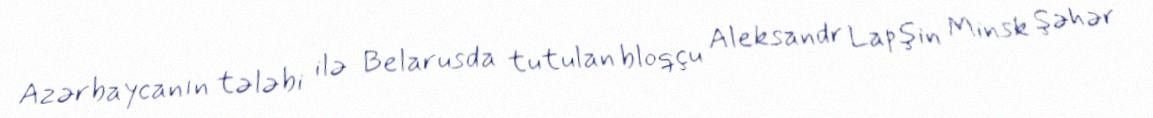
Azərbaycanın tələbi ilə Belarusda tutulan bloqçu Aleksandr Lapşin Minsk Şəhər